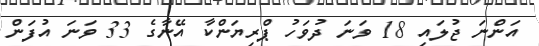
އަންނަ ޖުލައި 18 ވަނަ ދުވަހު ޕްރިޔަންކާ އޭނާގެ 33 ވަނަ އުފަން